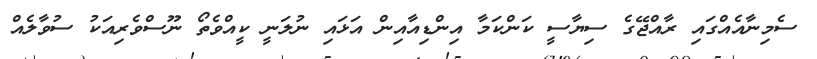
ސެމިނާއެއްގައި ރާއްޖޭގެ ސިޔާސީ ކަންކަމާ އިންޑިއާއިން އަޅައި ނުލަނީ ކީއްވެތޯ ނޫސްވެރިއަކު ސުވާލެއް